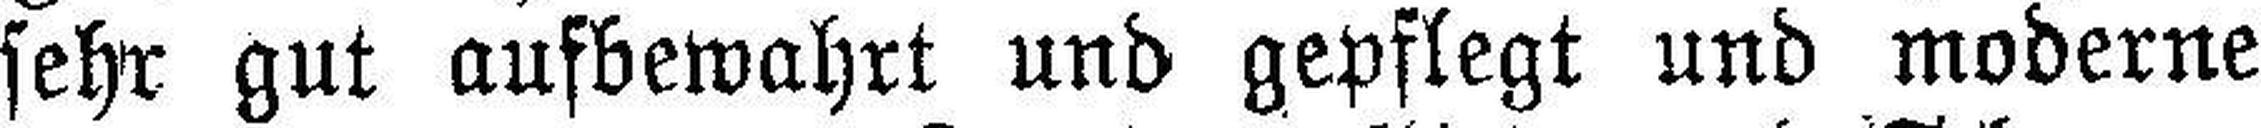
sehr gut aufbewahrt und gepflegt und moderne